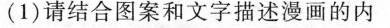
(1)请结合图案和文字描述漫画的内